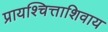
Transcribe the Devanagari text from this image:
प्रायश्चित्ताशिवाय